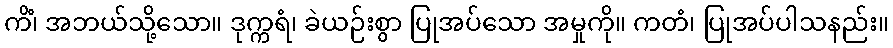
ကိံ၊ အဘယ်သို့သော။ ဒုက္ကရံ၊ ခဲယဉ်းစွာ ပြုအပ်သော အမှုကို။ ကတံ၊ ပြုအပ်ပါသနည်း။